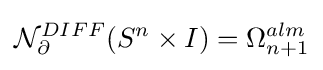
{\mathcal {N}}_{\partial }^{DIFF}(S^{n}\times I)=\Omega _{n+1}^{alm}